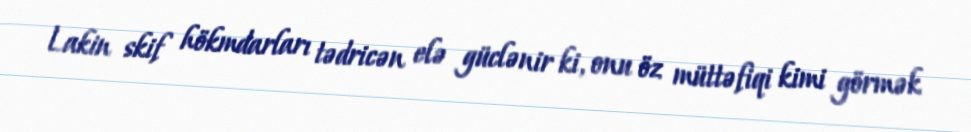
Lakin skif hökmdarları tədricən elə güclənir ki, onu öz müttəfiqi kimi görmək